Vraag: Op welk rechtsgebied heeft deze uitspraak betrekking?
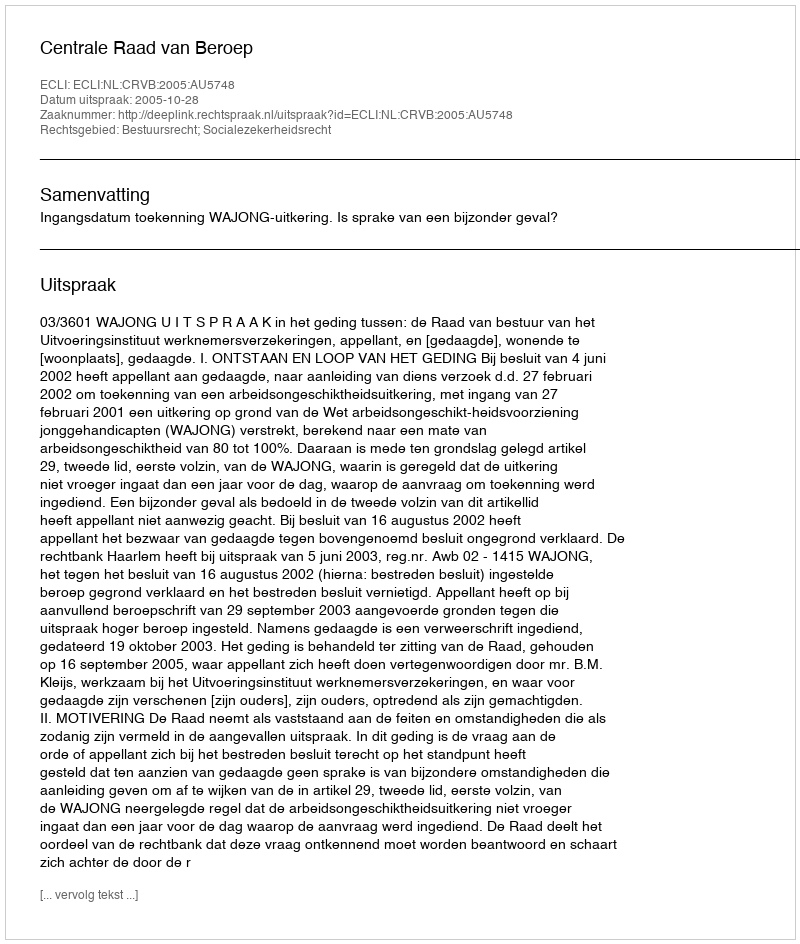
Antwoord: Bestuursrecht; Socialezekerheidsrecht